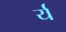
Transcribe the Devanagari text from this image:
र्य